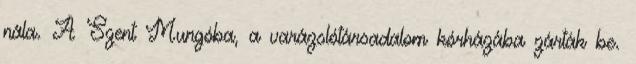
nála. A Szent Mungóba, a varázslótársadalom kórházába zárták be.